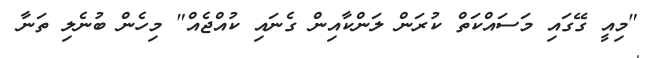
"މިއީ ގޭގައި މަސައްކަތް ކުރަން ލަންކާއިން ގެނައި ކުއްޖެއް" މިހެން ބުނެލި ތަނާ